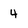
Character: 4